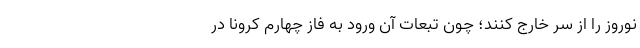
نوروز را از سر خارج کنند؛ چون تبعات آن ورود به فاز چهارم کرونا در